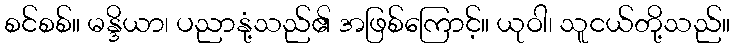
စင်စစ်။ မန္ဒိယာ၊ ပညာနုံ့သည်၏ အဖြစ်ကြောင့်။ ယုဝါ၊ သူငယ်တို့သည်။